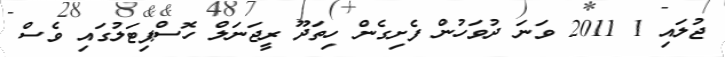
ޖުލައި 1 2011 ވަނަ ދުވަހުން ފެށިގެން ހިތަދޫ ރީޖަނަލް ހޮސްޕިޓަލުގައި ވެސް